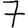
Digit: 7